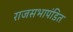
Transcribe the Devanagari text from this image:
राजसभापंडित